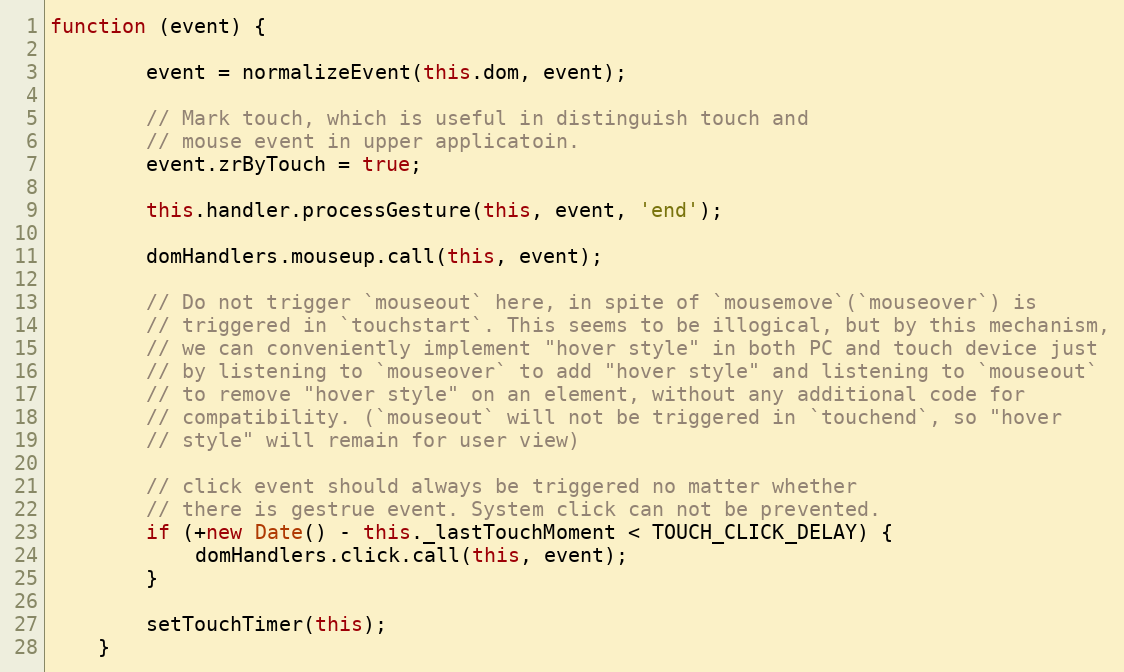
Language: JavaScript
function (event) {

        event = normalizeEvent(this.dom, event);

        // Mark touch, which is useful in distinguish touch and
        // mouse event in upper applicatoin.
        event.zrByTouch = true;

        this.handler.processGesture(this, event, 'end');

        domHandlers.mouseup.call(this, event);

        // Do not trigger `mouseout` here, in spite of `mousemove`(`mouseover`) is
        // triggered in `touchstart`. This seems to be illogical, but by this mechanism,
        // we can conveniently implement "hover style" in both PC and touch device just
        // by listening to `mouseover` to add "hover style" and listening to `mouseout`
        // to remove "hover style" on an element, without any additional code for
        // compatibility. (`mouseout` will not be triggered in `touchend`, so "hover
        // style" will remain for user view)

        // click event should always be triggered no matter whether
        // there is gestrue event. System click can not be prevented.
        if (+new Date() - this._lastTouchMoment < TOUCH_CLICK_DELAY) {
            domHandlers.click.call(this, event);
        }

        setTouchTimer(this);
    }